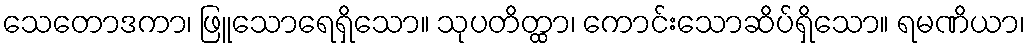
သေတောဒကာ၊ ဖြူသောရေရှိသော။ သုပတိတ္ထာ၊ ကောင်းသောဆိပ်ရှိသော။ ရမဏိယာ၊